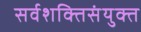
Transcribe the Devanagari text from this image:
सर्वशक्तिसंयुक्त